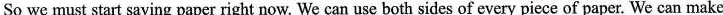
So we must start saving paper right now. We can use bothsides of every piece of paper. We can make